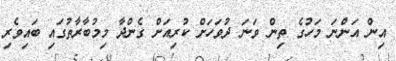
އިން އަންނަ މަހުގެ ތިން ވަނަ ދުވަހަށް ކުރިއަށް ގެންދާ މިމުބާރާތުގައި ބައިވެރި